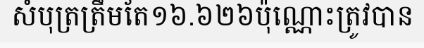
សំបុត្រត្រឹមតែ១៦.៦២៦ប៉ុណ្ណោះត្រូវបាន